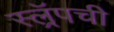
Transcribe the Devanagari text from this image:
स्ल्रॅपची